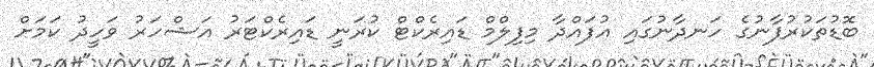
ބޮޑުތަކުރުފާނުގެ ހަނދާނުގައި އުފައްދާ މިފިލްމް ޑައިރެކްޓް ކުރަނީ ޑައިރެކްޓަރު އަޝްހަރު ވަހީދު ކަމަށް